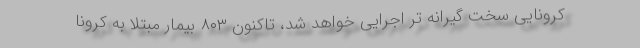
کرونایی سخت گیرانه تر اجرایی خواهد شد، تاکنون ۸۰۳ بیمار مبتلا به کرونا